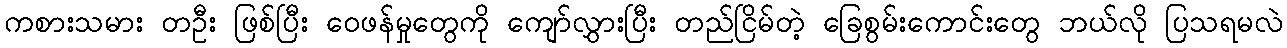
ကစားသမား တဦး ဖြစ်ပြီး ဝေဖန်မှုတွေကို ကျော်လွှားပြီး တည်ငြိမ်တဲ့ ခြေစွမ်းကောင်းတွေ ဘယ်လို ပြသရမလဲ